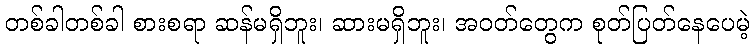
တစ်ခါတစ်ခါ စားစရာ ဆန်မရှိဘူး၊ ဆားမရှိဘူး၊ အဝတ်တွေက စုတ်ပြတ်နေပေမဲ့